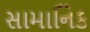
સામાનિક